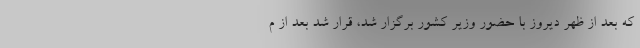
که بعد از ظهر دیروز با حضور وزیر کشور برگزار شد، قرار شد بعد از م